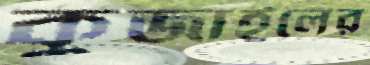
কুজাইলের